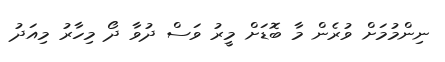
ނިންމުމަށް ވުރެން މާ ބޮޑަށް މީރު ވަސް ދުވާ ދޯ މިހާރު މިއަދު